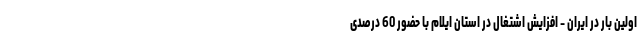
اولين بار در ایران - افزایش اشتغال در استان ایلام با حضور 60 درصدی